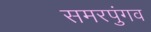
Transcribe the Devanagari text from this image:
समरपुंगव